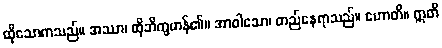
ထိုသောကသည်။ အဿာ၊ ထိုဘိက္ခမာန်၏။ အာဝါသော၊ တည်နေရာသည်။ ဟောတိ။ ဣတိ